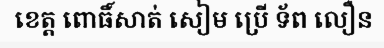
ខេត្ត ពោធិ៍សាត់ សៀម ប្រើ ទ័ព លឿន